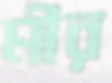
মীর